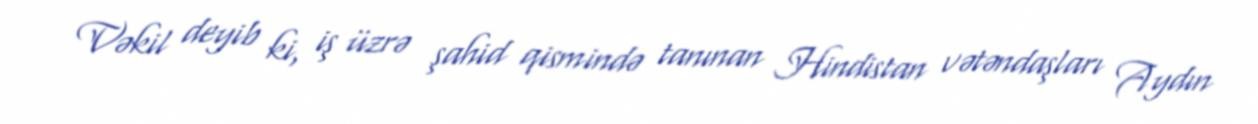
Vəkil deyib ki, iş üzrə şahid qismində tanınan Hindistan vətəndaşları Aydın